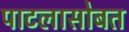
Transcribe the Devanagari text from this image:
पाटलासोबत